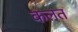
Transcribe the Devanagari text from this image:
कलत